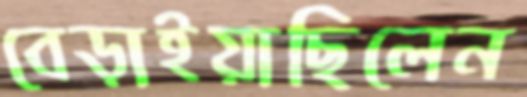
বেড়াইয়াছিলেন